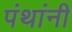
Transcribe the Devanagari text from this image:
पंथांनी